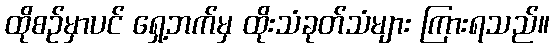
ထိုစဉ်မှာပင် ရှေ့ဘက်မှ ထိုးသံခုတ်သံများ ကြားရသည်။